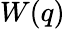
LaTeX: W(q)